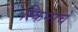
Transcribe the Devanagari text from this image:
स्किनरचे